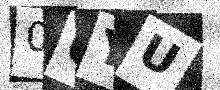
Text: 06YU